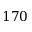
1 7 0